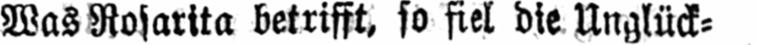
Was Rosarita betrifft, so fiel die Unglück⸗